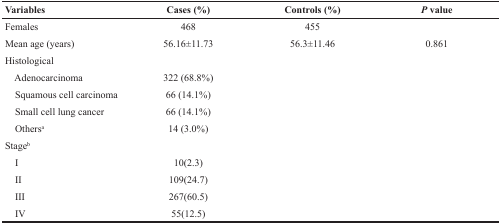
<table><thead><tr><td><b>Variables</b></td><td><b>Cases (%)</b></td><td><b>Controls (%)</b></td><td><b><i>P</i> value</b></td></tr></thead><tbody><tr><td>Females</td><td>468</td><td>455</td><td></td></tr><tr><td>Mean age (years)</td><td>56.16±11.73</td><td>56.3±11.46</td><td>0.861</td></tr><tr><td>Histological</td><td></td><td></td><td></td></tr><tr><td> Adenocarcinoma</td><td>322 (68.8%)</td><td></td><td></td></tr><tr><td> Squamous cell carcinoma</td><td>66 (14.1%)</td><td></td><td></td></tr><tr><td> Small cell lung cancer</td><td>66 (14.1%)</td><td></td><td></td></tr><tr><td> Others<sup>a</sup></td><td>14 (3.0%)</td><td></td><td></td></tr><tr><td>Stage<sup>b</sup></td><td></td><td></td><td></td></tr><tr><td> I</td><td>10(2.3)</td><td></td><td></td></tr><tr><td> II</td><td>109(24.7)</td><td></td><td></td></tr><tr><td> III</td><td>267(60.5)</td><td></td><td></td></tr><tr><td> IV</td><td>55(12.5)</td><td></td><td></td></tr></tbody></table>